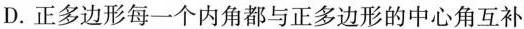
D.正多边形每一个内角都与正多边形的中心角互补